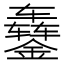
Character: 𬬇